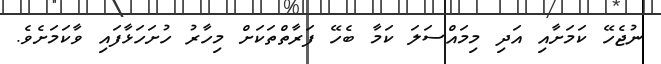
ނުޖެހޭ ކަމަށާއި އަދި މިމައްސަލަ ކަމާ ބެހޭ ފަރާތްތަކަށް މިހާރު ހުށަހަޅާފައި ވާކަމަށެވެ.